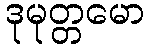
ဒုမုတ္တမော